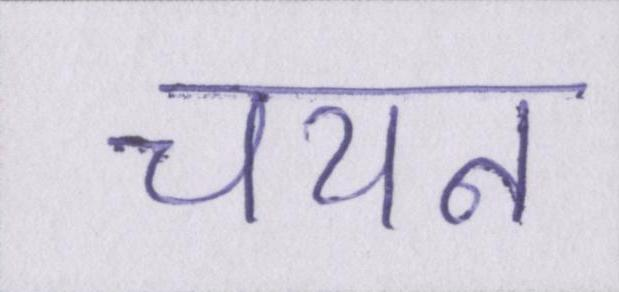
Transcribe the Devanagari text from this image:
चयन